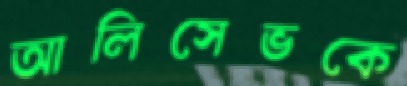
আলিসেভকে